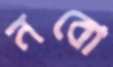
নবো